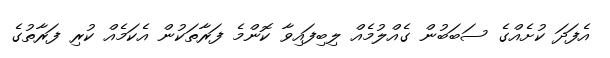
އެފަދަ ކުށެއްގެ ސަބަބުން ގެއްލުމެއް ލިބިފައިވާ ކޮންމެ ފަރާތަކުން އެކަމެއް ކުރި ފަރާތުގެ